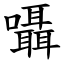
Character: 囁